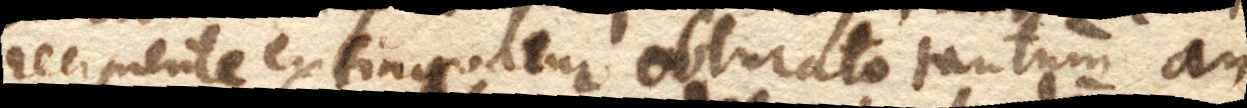
recipiente extinguatur obturato tantum an